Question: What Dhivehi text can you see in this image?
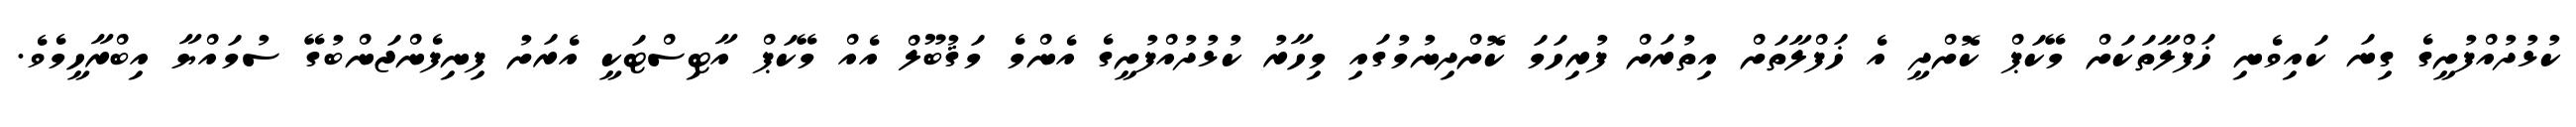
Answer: ކުޅުދުއްފުށީގެ ގިނަ ކައިވެނި ޚަފްލާތަކަށް މޭކަޕް ކޮށްދީ އެ ޚަފްލާތަށް އިތުރަށް ފުރިހަމަ ކޮށްދިނުމުގައި މިހާރު ކުޅުދުއްފުށީގެ އެންމެ މަޤުބޫލް އެއް މޭކަޕް އާޓިސްޓަކީ އެރަށު ފިނިފެންޖަންބުގޭ ސުމައްޔާ އިބްރާހީމެވެ.